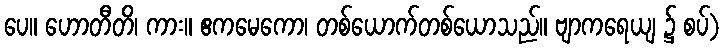
ပေ။ ဟောတီတိ၊ ကား။ ဧကမေကော၊ တစ်ယောက်တစ်ယောသည်။ ဗျာကရေယျ ၌ စပ်)